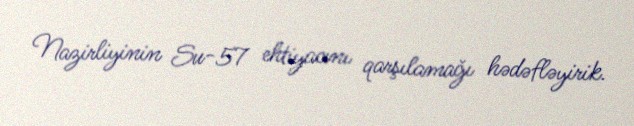
Nazirliyinin Su-57 ehtiyacını qarşılamağı hədəfləyirik.